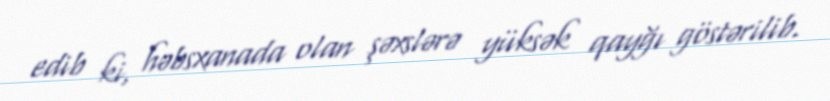
edib ki, həbsxanada olan şəxslərə yüksək qayğı göstərilib.